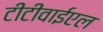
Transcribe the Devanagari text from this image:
टीटीवाईएल